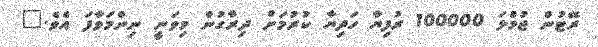
ރޭޓުން ޖުމްލަ 100000 ރުފިޔާ ހަދިޔާ ކުރުމަށް ދިރާގުން މިވަނީ ނިންމަވާފަ އެވެ."